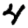
Digit: 4